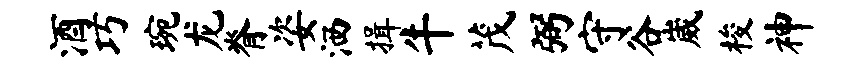
酒巧琬龙脊姿洒揖牛茂弼守谷崴梭神